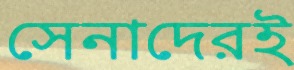
সেনাদেরই